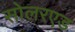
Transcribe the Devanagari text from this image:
सोलरएड